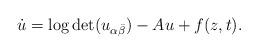
LaTeX: \begin{align*} \dot{u}=\log\det (u_{\alpha\bar{\beta}})-Au+f(z,t). \end{align*}